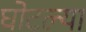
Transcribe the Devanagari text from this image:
घोटल्या